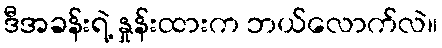
ဒီအခန်းရဲ့ နှုန်းထားက ဘယ်လောက်လဲ။